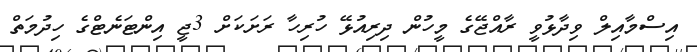
އިސްމާއިލް ވިދާޅުވީ ރާއްޖޭގެ މީހުން ދިރިއުޅޭ ހުރިހާ ރަށަކަށް 3ޖީ އިންޓަނެޓްގެ ހިދުމަތް